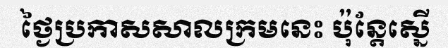
ថ្ងៃប្រកាសសាលក្រមនេះ ប៉ុន្តែស្នើ